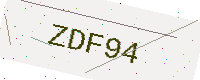
Text: ZDF94